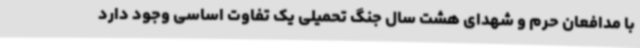
با مدافعان حرم و شهدای هشت سال جنگ تحمیلی یک تفاوت اساسی وجود دارد